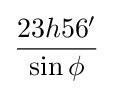
{\frac {23h56'}{\sin \phi }}